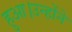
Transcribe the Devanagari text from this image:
हुआ।उन्होंने